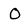
Character: 0